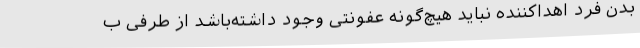
بدن فرد اهداکننده نباید هیچ‌گونه عفونتی وجود داشته‌باشد از طرفی ب